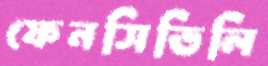
ফেনসিডিলি